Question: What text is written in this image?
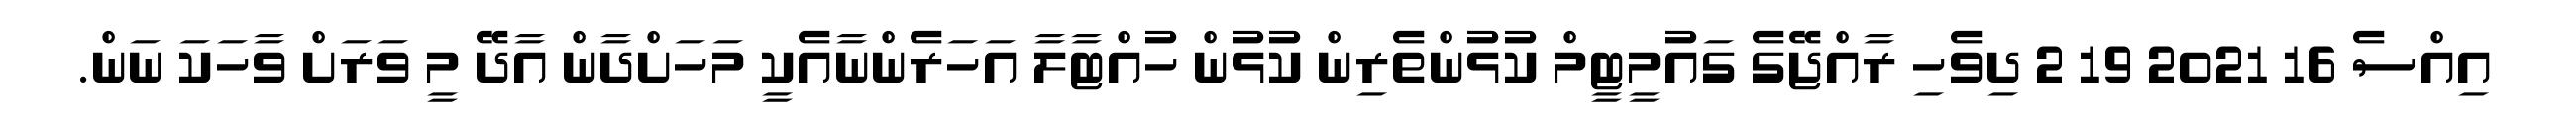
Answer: އިއްސެ 16 2021 19 2 ދިވެހި ރާއްޖޭގެ ގައުމީޓީމް ކުޅުންތެރިން ކުޅުން ހުއްޓާލާ އަހަރެންނާއެކީ މަހަށްދާން އާދޭ މީ ވަރަށް ވާހަކަ ނަން.